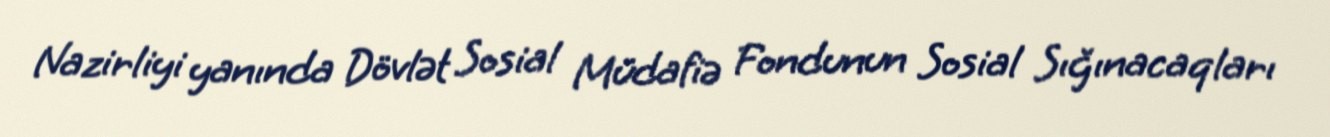
Nazirliyi yanında Dövlət Sosial Müdafiə Fondunun Sosial Sığınacaqları